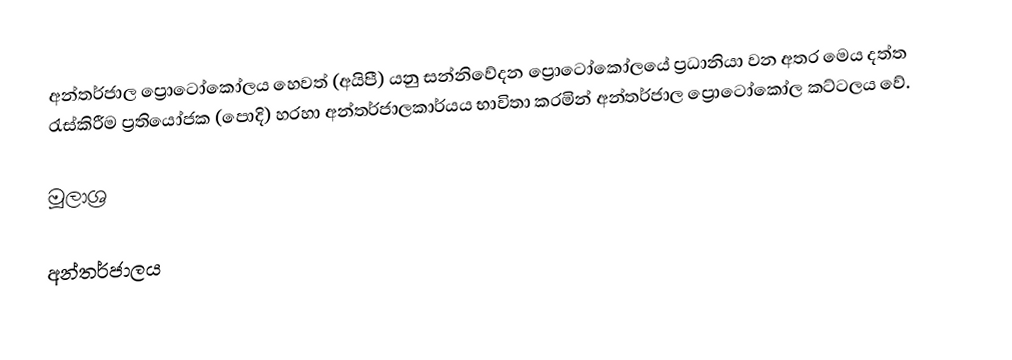
අන්තර්ජාල ප්‍රොටෝකෝලය හෙවත් (අයිපී) යනු සන්නිවේදන ප්‍රොටෝකෝලයේ ප්‍රධානියා වන අතර මෙය දත්ත රැස්කිරීම ප්‍රතියෝජක (පොදි) හරහා අන්තර්ජාලකාර්යය භාවිතා කරමින් අන්තර්ජාල ප්‍රොටෝකෝල කට්ටලය වේ.

මූලාශ්‍ර

අන්තර්ජාලය